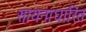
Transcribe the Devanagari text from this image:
सायनाधारित